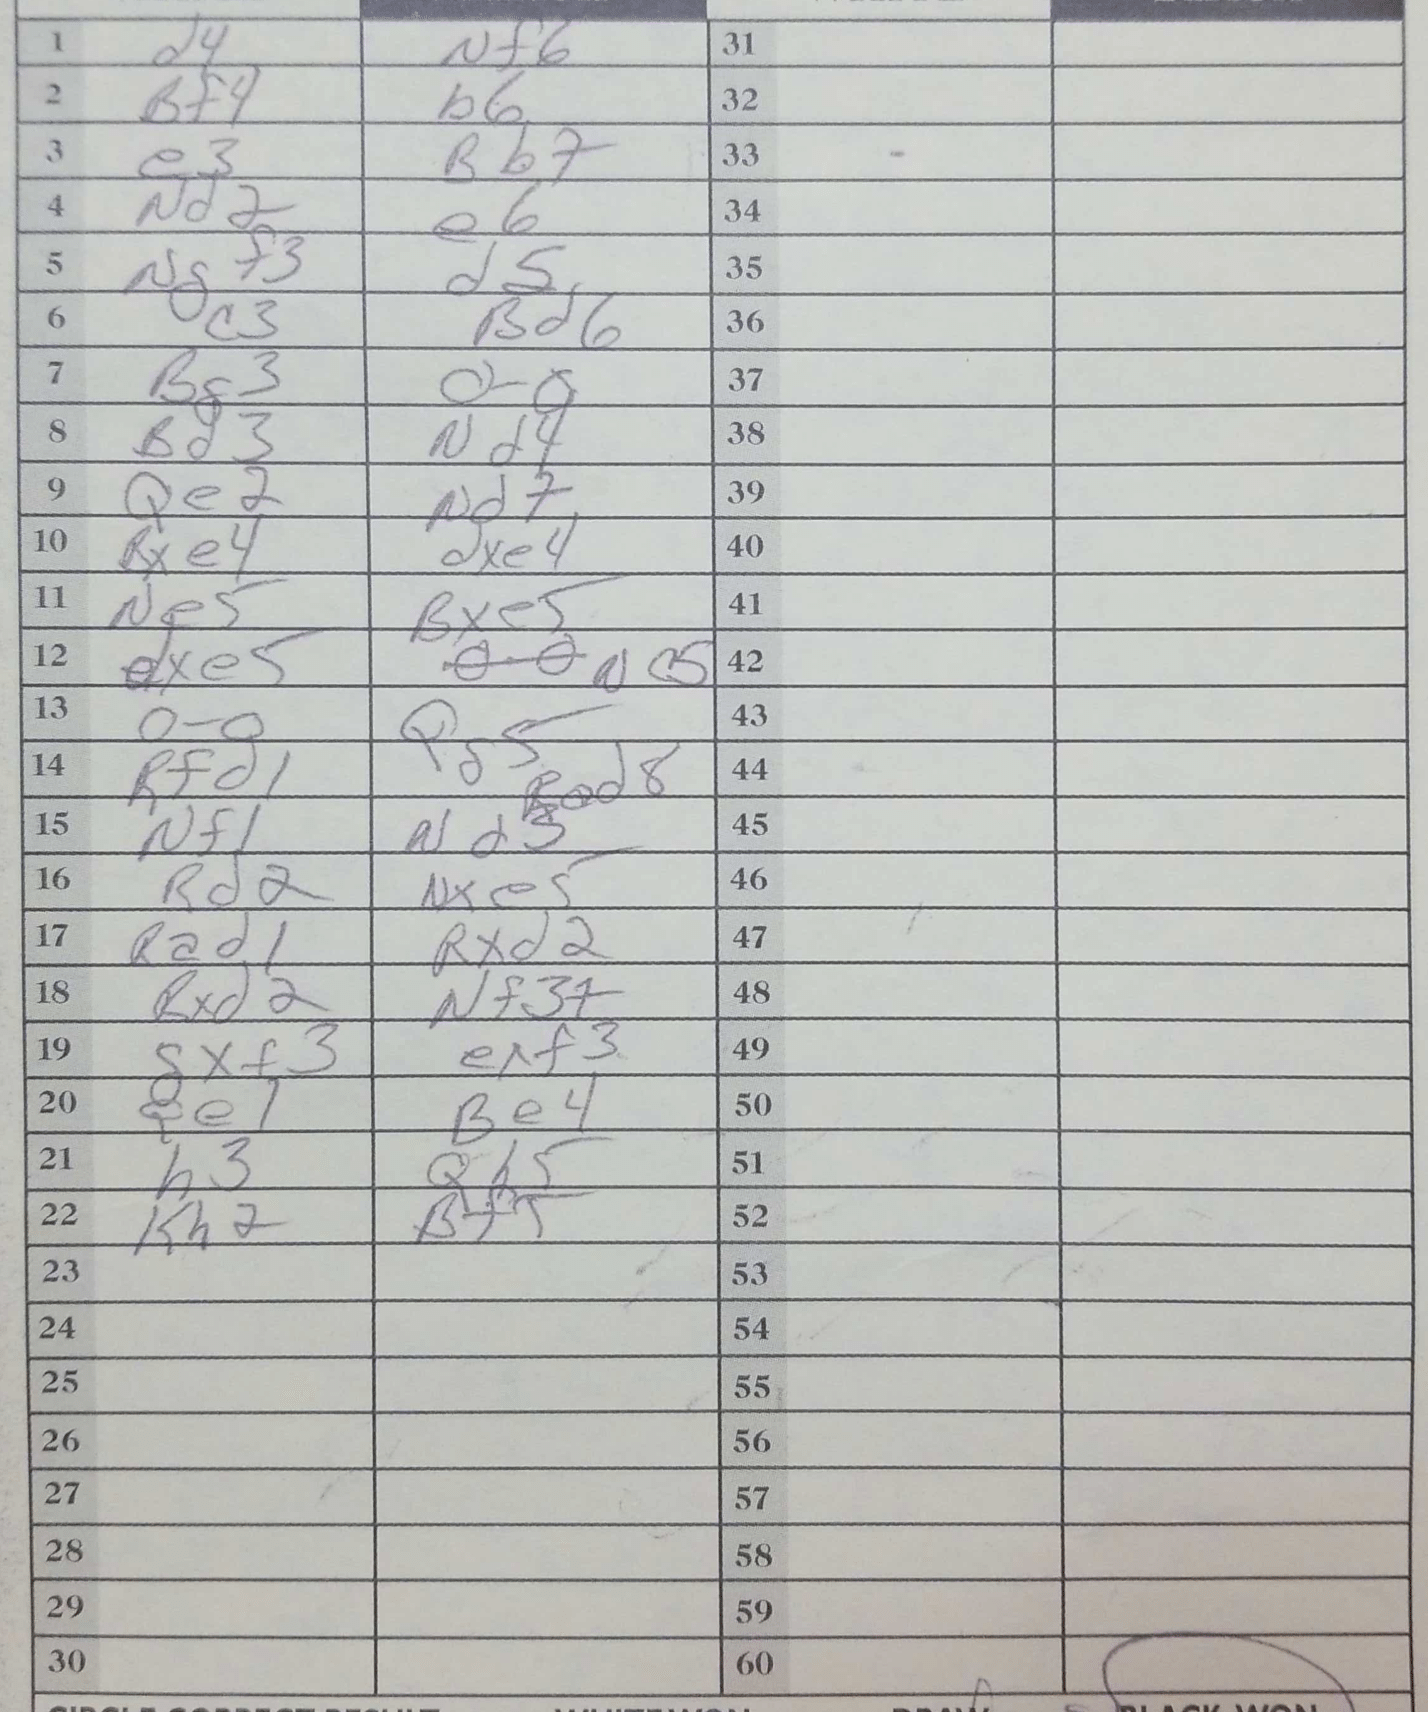
Moves: d4 Nf6 Bf4 b6 e3 Bb7 Nd2 e6 Ngf3 d5 c3 Bd6 Bg3 O-O Bd3 Nd4 Qe2 Nd7 Bxe4 dxe4 Ne5 Bxe5 dxe5 Nc5 O-O Qg5 Rfd1 Rad8 Nf1 Nd3 Rd2 Nxe5 Rad1 Rxd2 Rxd2 Nf3+ gxf3 exf3 Qe1 Be4 h3 Qh5 Kh2 Bf5